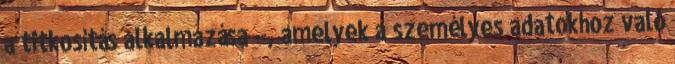
a titkosítás alkalmazása –, amelyek a személyes adatokhoz való